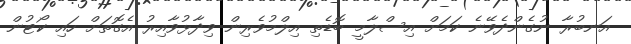
އަނބުރާ ނުގެންދެވޭނެ ކަމަށް އިސްލާމީ ބޮޑެތި އިލްމުވެރިން ވިދާޅުވާއިރު އެގޮތަށް ހައި ކޯޓުން